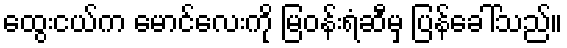
ထွေးငယ်က မောင်လေးကို မြဝန်းရံဆီမှ ပြန်ခေါ်သည်။